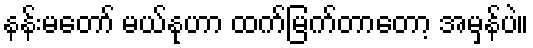
နန်းမတော် မယ်နုဟာ ထက်မြက်တာတော့ အမှန်ပဲ။